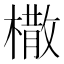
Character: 橵